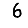
Digit: 6